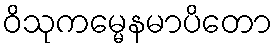
ဝိသုကမ္မေနမာပိတော